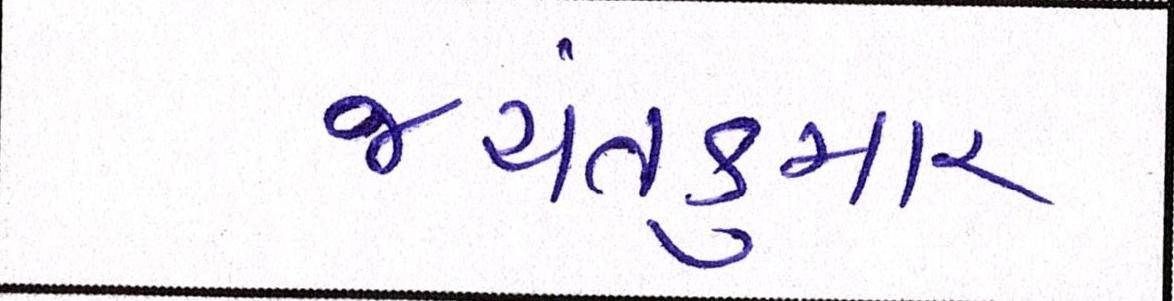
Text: જયંતકુમાર